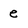
Character: e